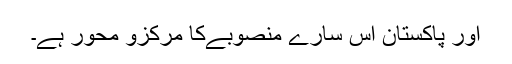
اور پاکستان اس سارے منصوبےکا مرکزو محور ہے۔